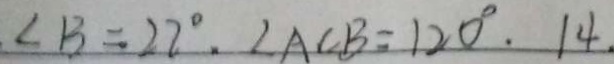
. \angle B = 2 2 ^ { \circ } . \angle A C B = 1 2 0 ^ { \circ } . 1 4 .